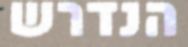
הנדרש